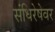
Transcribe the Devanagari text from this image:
संधिरेषेवर